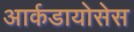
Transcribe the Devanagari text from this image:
आर्कडायोसेस